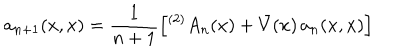
a _ { n + 1 } ( x , x ) = \frac { 1 } { n + 1 } \left[ { ^ { ( 2 ) } A } _ { n } ( x ) + \bar { V } ( x ) \, a _ { n } ( x , x ) \right]